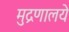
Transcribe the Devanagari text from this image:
मुद्रणालये